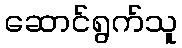
ဆောင်ရွက်သူ